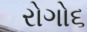
રોગો૬